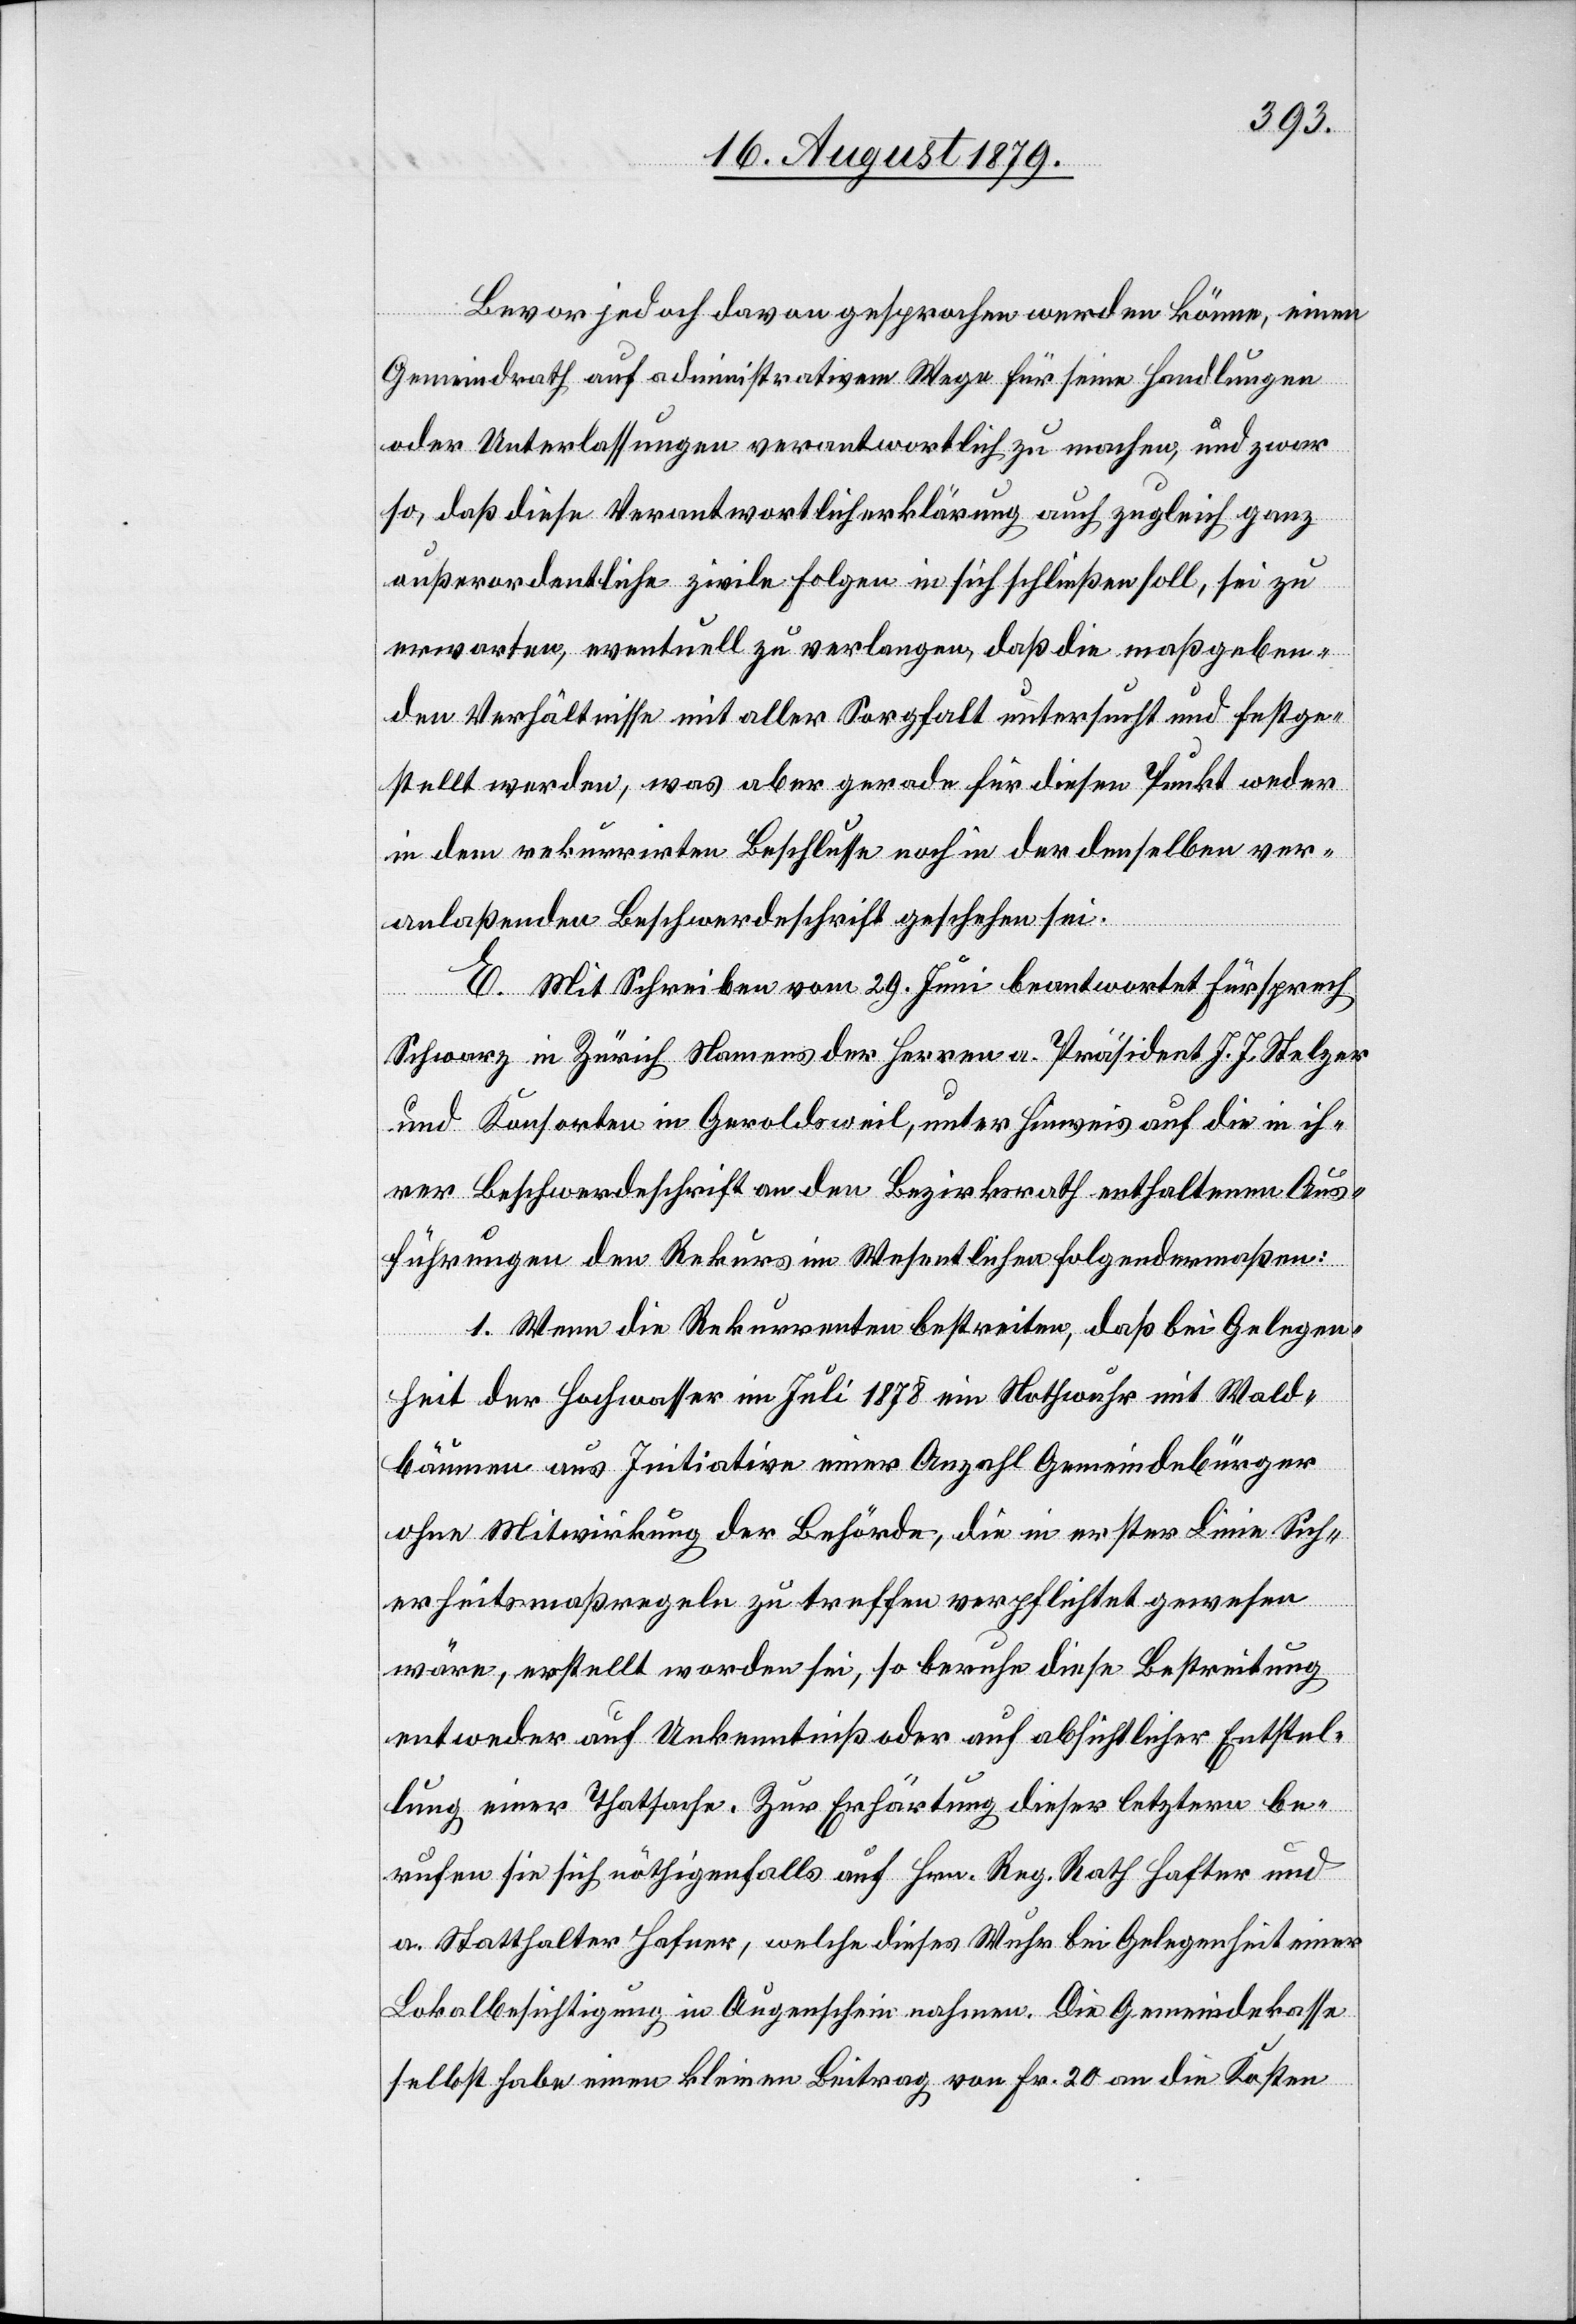
Bevor jedoch davon gesprochen werden könne, einen
Gemeindrath auf administrativem Wege für seine Handlungen
oder Unterlassungen verantwortlich zu machen, und zwar
so, daß diese Verantwortlicherklärung auch zugleich ganz
außerordentliche zivile Folgen in sich schließen soll, sei zu
erwarten, eventuell zu verlangen, daß die maßgeben¬
den Verhältnisse mit aller Sorgfalt untersucht und festge¬
stellt werden, was aber gerade für diesen Punkt weder
in dem rekurrirten Beschlusse noch in der denselben ver¬
anlaßenden Beschwerdeschrift geschehen sei.
E. Mit Schreiben vom 29. Juni beantwortet Fürsprech
Schwarz in Zürich Namens der Herren a. Präsident J. J. Stelzer
und Konsorten in Geroldsweil, unter Hinweis auf die in ih¬
rer Beschwerdeschrift an den Bezirksrath enthaltenen Aus¬
führungen den Rekurs im Wesentlichen folgendermaßen:
1. Wenn die Rekurrenten bestreiten, daß bei Gelegen¬
heit der Hochwasser im Juli 1878 ein Nothwuhr mit Wald¬
bäumen aus Initiative einer Anzahl Gemeindebürger
ohne Mitwirkung der Behörde, die in erster Linie Sich¬
erheitsmaßregeln zu treffen verpflichtet gewesen
wäre, erstellt worden sei, so beruhe diese Bestreitung
entweder auf Unkenntniß oder auf absichtlicher Entstel¬
lung einer Thatsache. Zur Erhärtung dieser letztern be¬
rufen sie sich nöthigenfalls auf Hrn. Reg. Rath Hafter und
a. Statthalter Hafner, welche dieses Wuhr bei Gelegenheit einer
Lokalbesichtigung in Augenschein nahmen. Die Gemeindekasse
selbst habe einen kleinen Beitrag von Fr. 20 an die Kosten